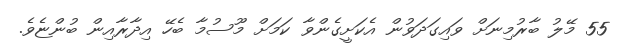
55 މޭލު ބާރުމިނަށް ވައިގަދަވުން އެކަށީގެންވާ ކަމަށް މޫސުމާ ބެހޭ އިދާރާއިން ބުންޏެވެ.